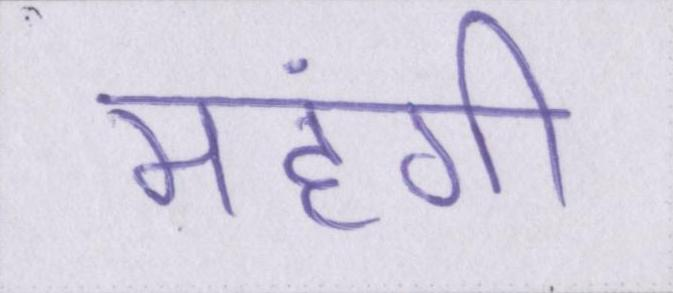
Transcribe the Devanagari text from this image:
महंगी